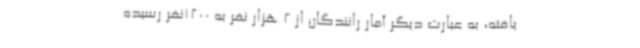
یافته، به عبارت دیگر آمار رانندگان از 2 هزار نفر به 1200نفر رسیده